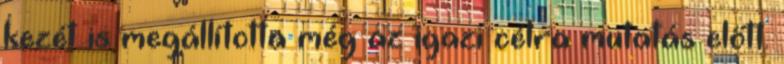
kezét is megállította még az igazi célra mutatás előtt.